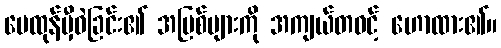
မေထုန်မှီဝဲခြင်း၏ အပြစ်များကို အကျယ်တဝင့် ဟောထား၏။